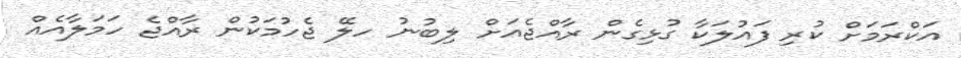
އަކްރަމަށް ކުރި ފައުލަކާ ގުޅިގެން ރާއްޖެއަށް ލިބުނު ހލޭ ޖެހުމަކުން ރާއްޖެ ހަމަލާއެއް